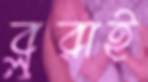
ব্লুরাই